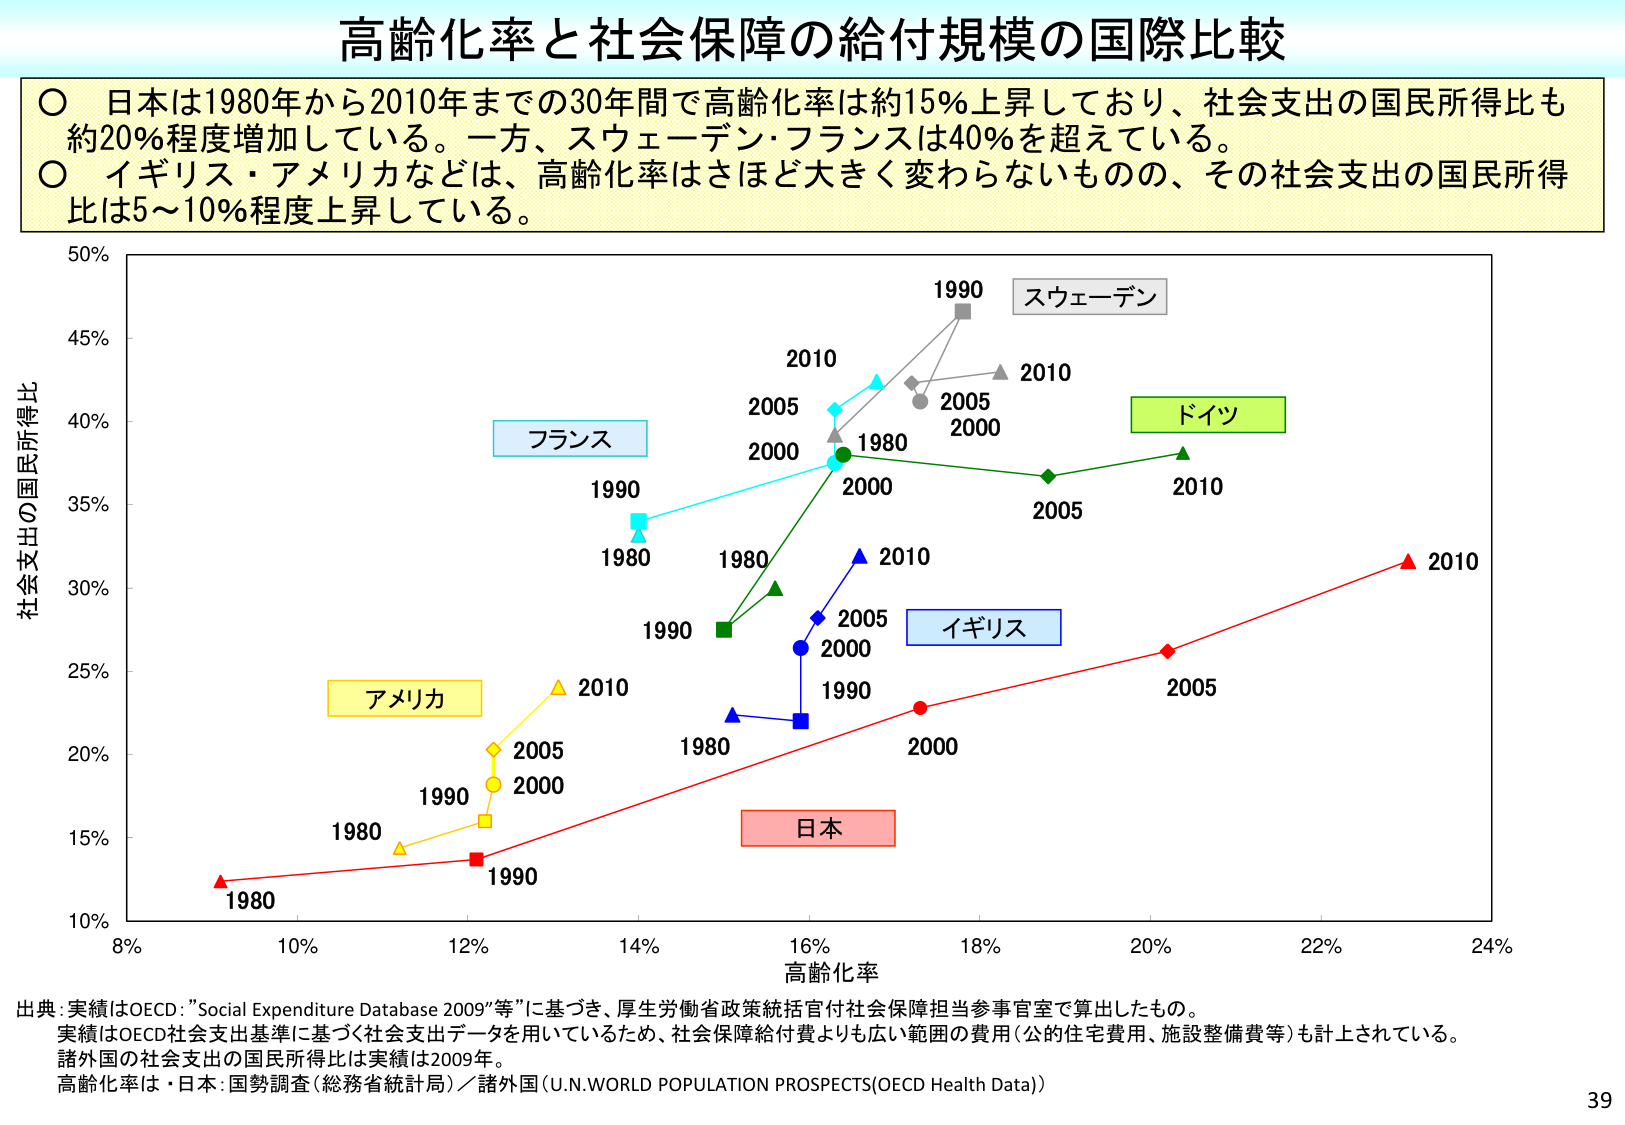
高齢化率と社会保障の給付規模の国際比較

○ 日本は1980年から2010年までの30年間で高齢化率は約15％上昇しており、社会支出の国民所得比も約20％程度増加している。一方、スウェーデン・フランスは40％を超えている。
○ イギリス・アメリカなどは、高齢化率はさほど大きく変わらないものの、その社会支出の国民所得比は5～10％程度上昇している。

50%
45%
40%
35%
30%
25%
20%
15%
10%

社会支出の国民所得比

8% 10% 12% 14% 16% 18% 20% 22% 24%

高齢化率

1980 1990 2000 2005 2010
1980 1990 2000 2005 2010
1980 1990 2000 2005 2010
1980 1990 2000 2005 2010
1980 1990 2000 2005 2010

スウェーデン
フランス
ドイツ
イギリス
アメリカ
日本

出典：実績はOECD：“Social Expenditure Database 2009”等”に基づき、厚生労働省政策統括官付社会保障担当参事官室で算出したもの。
実績はOECD社会支出基準に基づく社会支出データを用いているため、社会保障給付費よりも広い範囲の費用（公的住宅費用、施設整備費等）も計上されている。
諸外国の社会支出の国民所得比は実績は2009年。
高齢化率は・日本：国勢調査（総務省統計局）／諸外国（U.N.WORLD POPULATION PROSPECTS(OECD Health Data)）

39